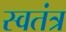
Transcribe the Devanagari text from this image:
स्वतंत्र